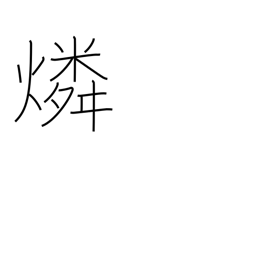
Meaning: phosphorus